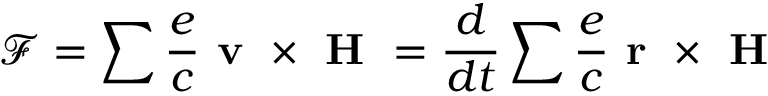
\mathcal { F } = \sum \frac { e } { c } \textbf { v } \times \textbf { H } = \frac { d } { d t } \sum \frac { e } { c } \textbf { r } \times \textbf { H }